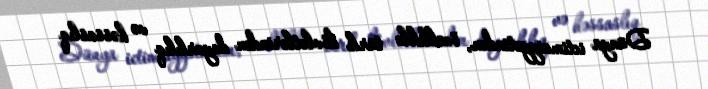
Dünya ictimaiyyətindən, özəlliklə türk dövlətlərindən duyarlılıq və həssaslıq